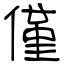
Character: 僅